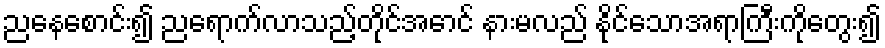
ညနေစောင်း၍ ညရောက်လာသည့်တိုင်အောင် နားမလည် နိုင်သောအရာကြီးကိုတွေး၍